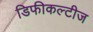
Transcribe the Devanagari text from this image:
डिफीकल्टीज